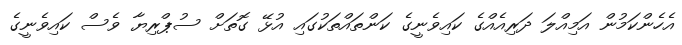
އެހެންކަމުން އަމިއްލަ ދަރިއެއްގެ ކައިވެނީގެ ކަންތައްތަކުގައި އުޅޭ ގޮތަށް ސުޕްރިޔާ ވެސް ކައިވެނީގެ